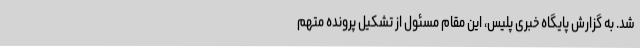
شد. به گزارش پایگاه خبری پلیس، این مقام مسئول از تشکیل پرونده متهم